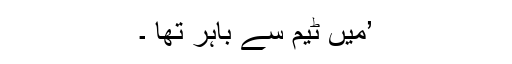
’میں ٹیم سے باہر تھا ۔